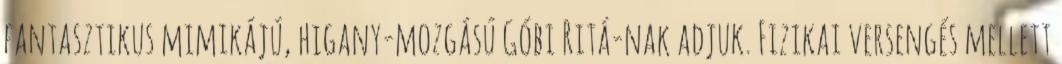
fantasztikus mimikájú, higany-mozgású Góbi Ritá-nak adjuk. Fizikai versengés mellett